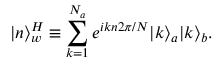
| n \rangle _ { w } ^ { H } \equiv \sum _ { k = 1 } ^ { N _ { a } } e ^ { i k n 2 \pi / N } | k \rangle _ { a } | k \rangle _ { b } .